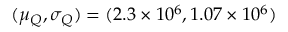
( \mu _ { Q } , \sigma _ { Q } ) = ( 2 . 3 \times 1 0 ^ { 6 } , 1 . 0 7 \times 1 0 ^ { 6 } )